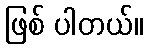
ဖြစ် ပါတယ်။